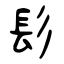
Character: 髟